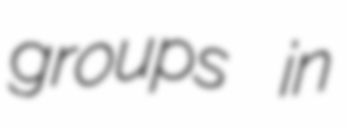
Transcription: groups in